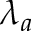
\lambda _ { a }